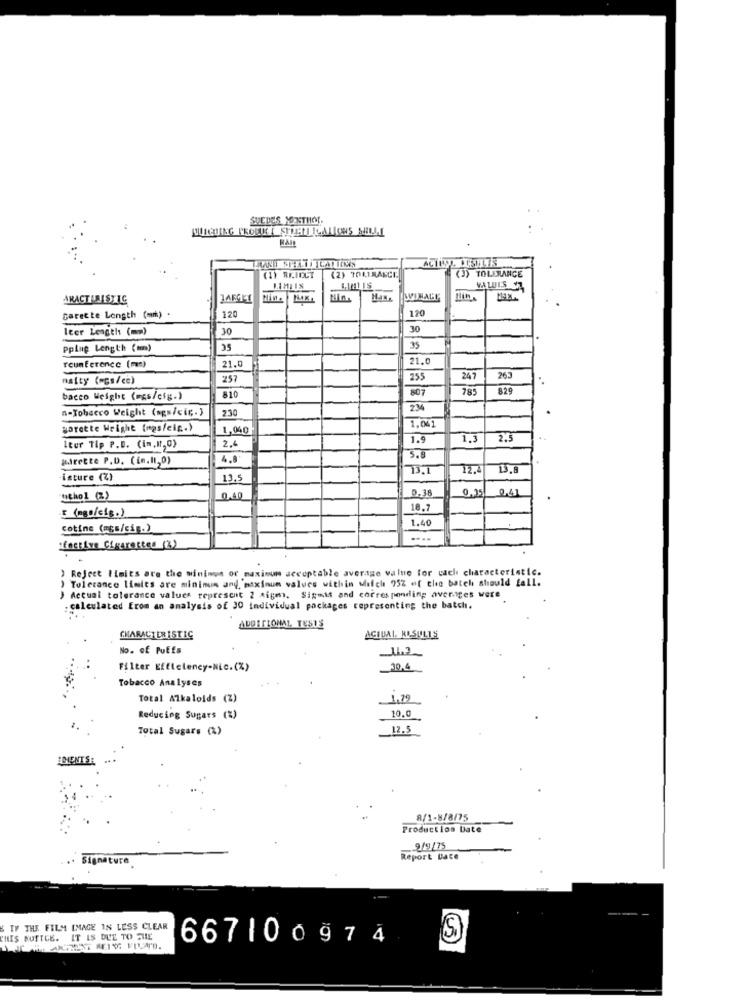
SUEDES MONTHOr.
(3) TOLERANCE
(1) REIOUT
(2) TOALRANCE
VALUES CA
ARACTINISTIG
WIMAGE
120
Carecte Length (mm) .
120
leer Length (mn)
30
30
Pping Length (mm)
35
35
21.0
reunference (mm)
21.0
naity (wgs/ce)
257
255
247
263
807
785
829
bacco Weight (mas/cig.)
810
n-Tobacco Weight (ags/cic.)
230
234
1,001
soratte Wright (ngs/etc.)
1,040
1.9
1.3
2,5
Iter Tip P.D. (im,It, 0)
2.4
Wirette P.D. (in.11,0)
4.8
5.8
12.
13,8
isture (Z)
13,5
0.38
0.35
0,41
ucho1 (2)
0.40
F (mgs/cig.)
18.
cotine (ass/cig.)
1.40
..
fective Cigarettes (3)
) Reject limits are the minimus or maxinum acceptable average value for cach characteristic.
Tolerance limits are minimus and, maxinum values within Mich 95% of the batch should fall.
) Actual tolerance values represent 2 xigm. Sigmis and corresponding averiges were
. calculated from an analysis of 30 individual packages representing the batch.
ADDITIONAL, TESTS
CHARACTERISTIC
ACTUAL RESULTS
No. of Puffs
Filter Efficiency-Nic.(%)
Tobacco Analyses
Total Alkaloids (Z)
1,79
Reducing Sugars (%)
10.0
Total Sugars (%)
12,5
8/1-8/8/75
Production Date
9/9/75
Signature
Report Lace
IF THE FILM IMAGE IN LESS CLEAR
THIS NOTICE. IT IS DUE TO ME
667100974